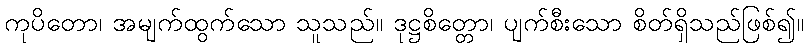
ကုပိတော၊ အမျက်ထွက်သော သူသည်။ ဒုဋ္ဌစိတ္တော၊ ပျက်စီးသော စိတ်ရှိသည်ဖြစ်၍။